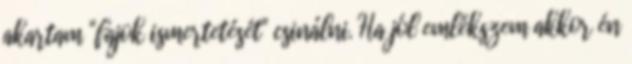
akartam "fajok ismertetését" csinálni. Ha jól emlékszem akkor én